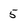
Character: 5